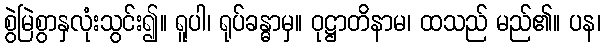
စွဲမြဲစွာနှလုံးသွင်း၍။ ရူပါ၊ ရုပ်ခန္ဓာမှ။ ဝုဋ္ဌာတိနာမ၊ ထသည် မည်၏။ ပန၊